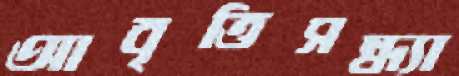
আবৃত্তিসন্ধ্যা